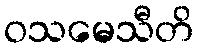
ဝသမေသီတိ